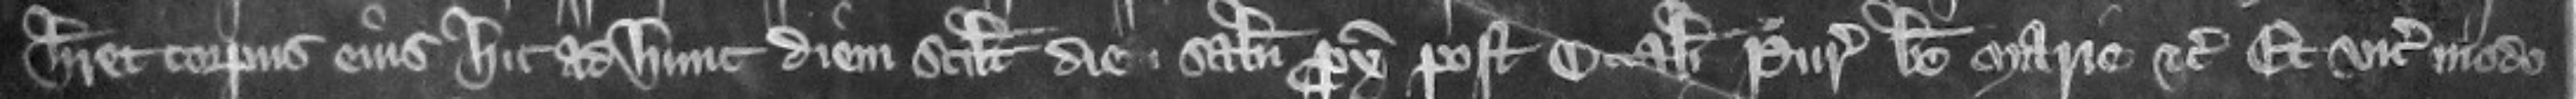
haberet corpus eius hic ad hune diem scilicet die Sabati proximo post octabas Purificacionis beate Marie etc. Et vicecomes modo